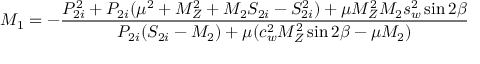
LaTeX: M _ { 1 } = - \frac { P _ { 2 i } ^ { 2 } + P _ { 2 i } ( \mu ^ { 2 } + M _ { Z } ^ { 2 } + M _ { 2 } S _ { 2 i } - S _ { 2 i } ^ { 2 } ) + \mu M _ { Z } ^ { 2 } M _ { 2 } s _ { w } ^ { 2 } \sin 2 \beta } { P _ { 2 i } ( S _ { 2 i } - M _ { 2 } ) + \mu ( c _ { w } ^ { 2 } M _ { Z } ^ { 2 } \sin 2 \beta - \mu M _ { 2 } ) }